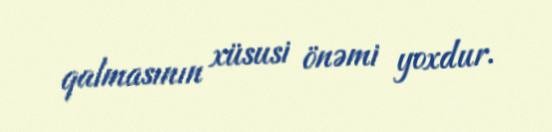
qalmasının xüsusi önəmi yoxdur.